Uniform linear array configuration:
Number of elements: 32
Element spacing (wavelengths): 0.75
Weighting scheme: cosine
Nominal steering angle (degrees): -45
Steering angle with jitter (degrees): -43.65
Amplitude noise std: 0.05
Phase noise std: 0.05

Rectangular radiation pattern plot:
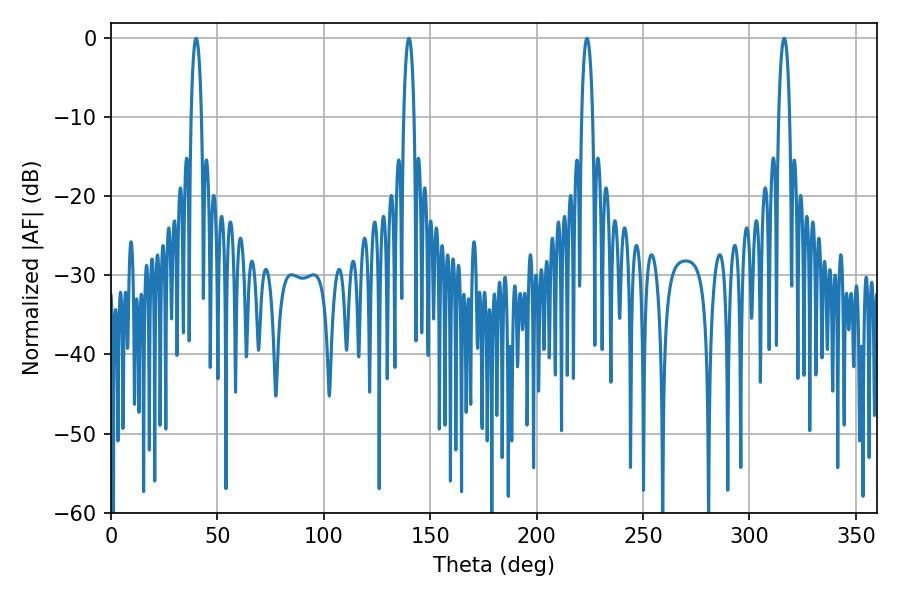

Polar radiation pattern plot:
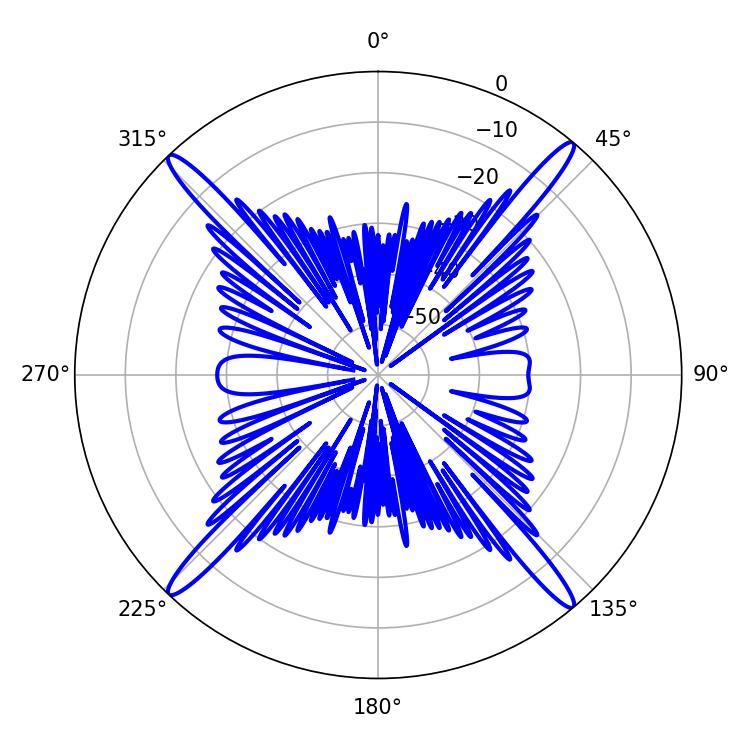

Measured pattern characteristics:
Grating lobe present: TRUE
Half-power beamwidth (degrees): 2.7
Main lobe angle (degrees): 39.96